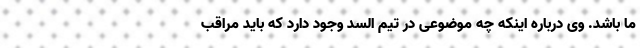
ما باشد. وی درباره اینکه چه موضوعی در تیم السد وجود دارد که باید مراقب